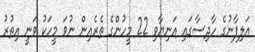
އަލިފާނުގެ ހާދިސާގައި އަނިޔާވި 22 މީހުންގެ ތެރެއިން ނުވަ މީހަކު ވަނީ އިތުރު